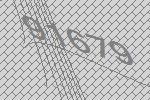
91679